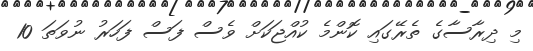
މި ދިރާސާގެ ތެރޭގައި ކޮންމެ ކުއްޖަކަށް ވެސް ފަސް ފަހަރު ނުވަތަ 10